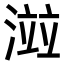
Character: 𣺄